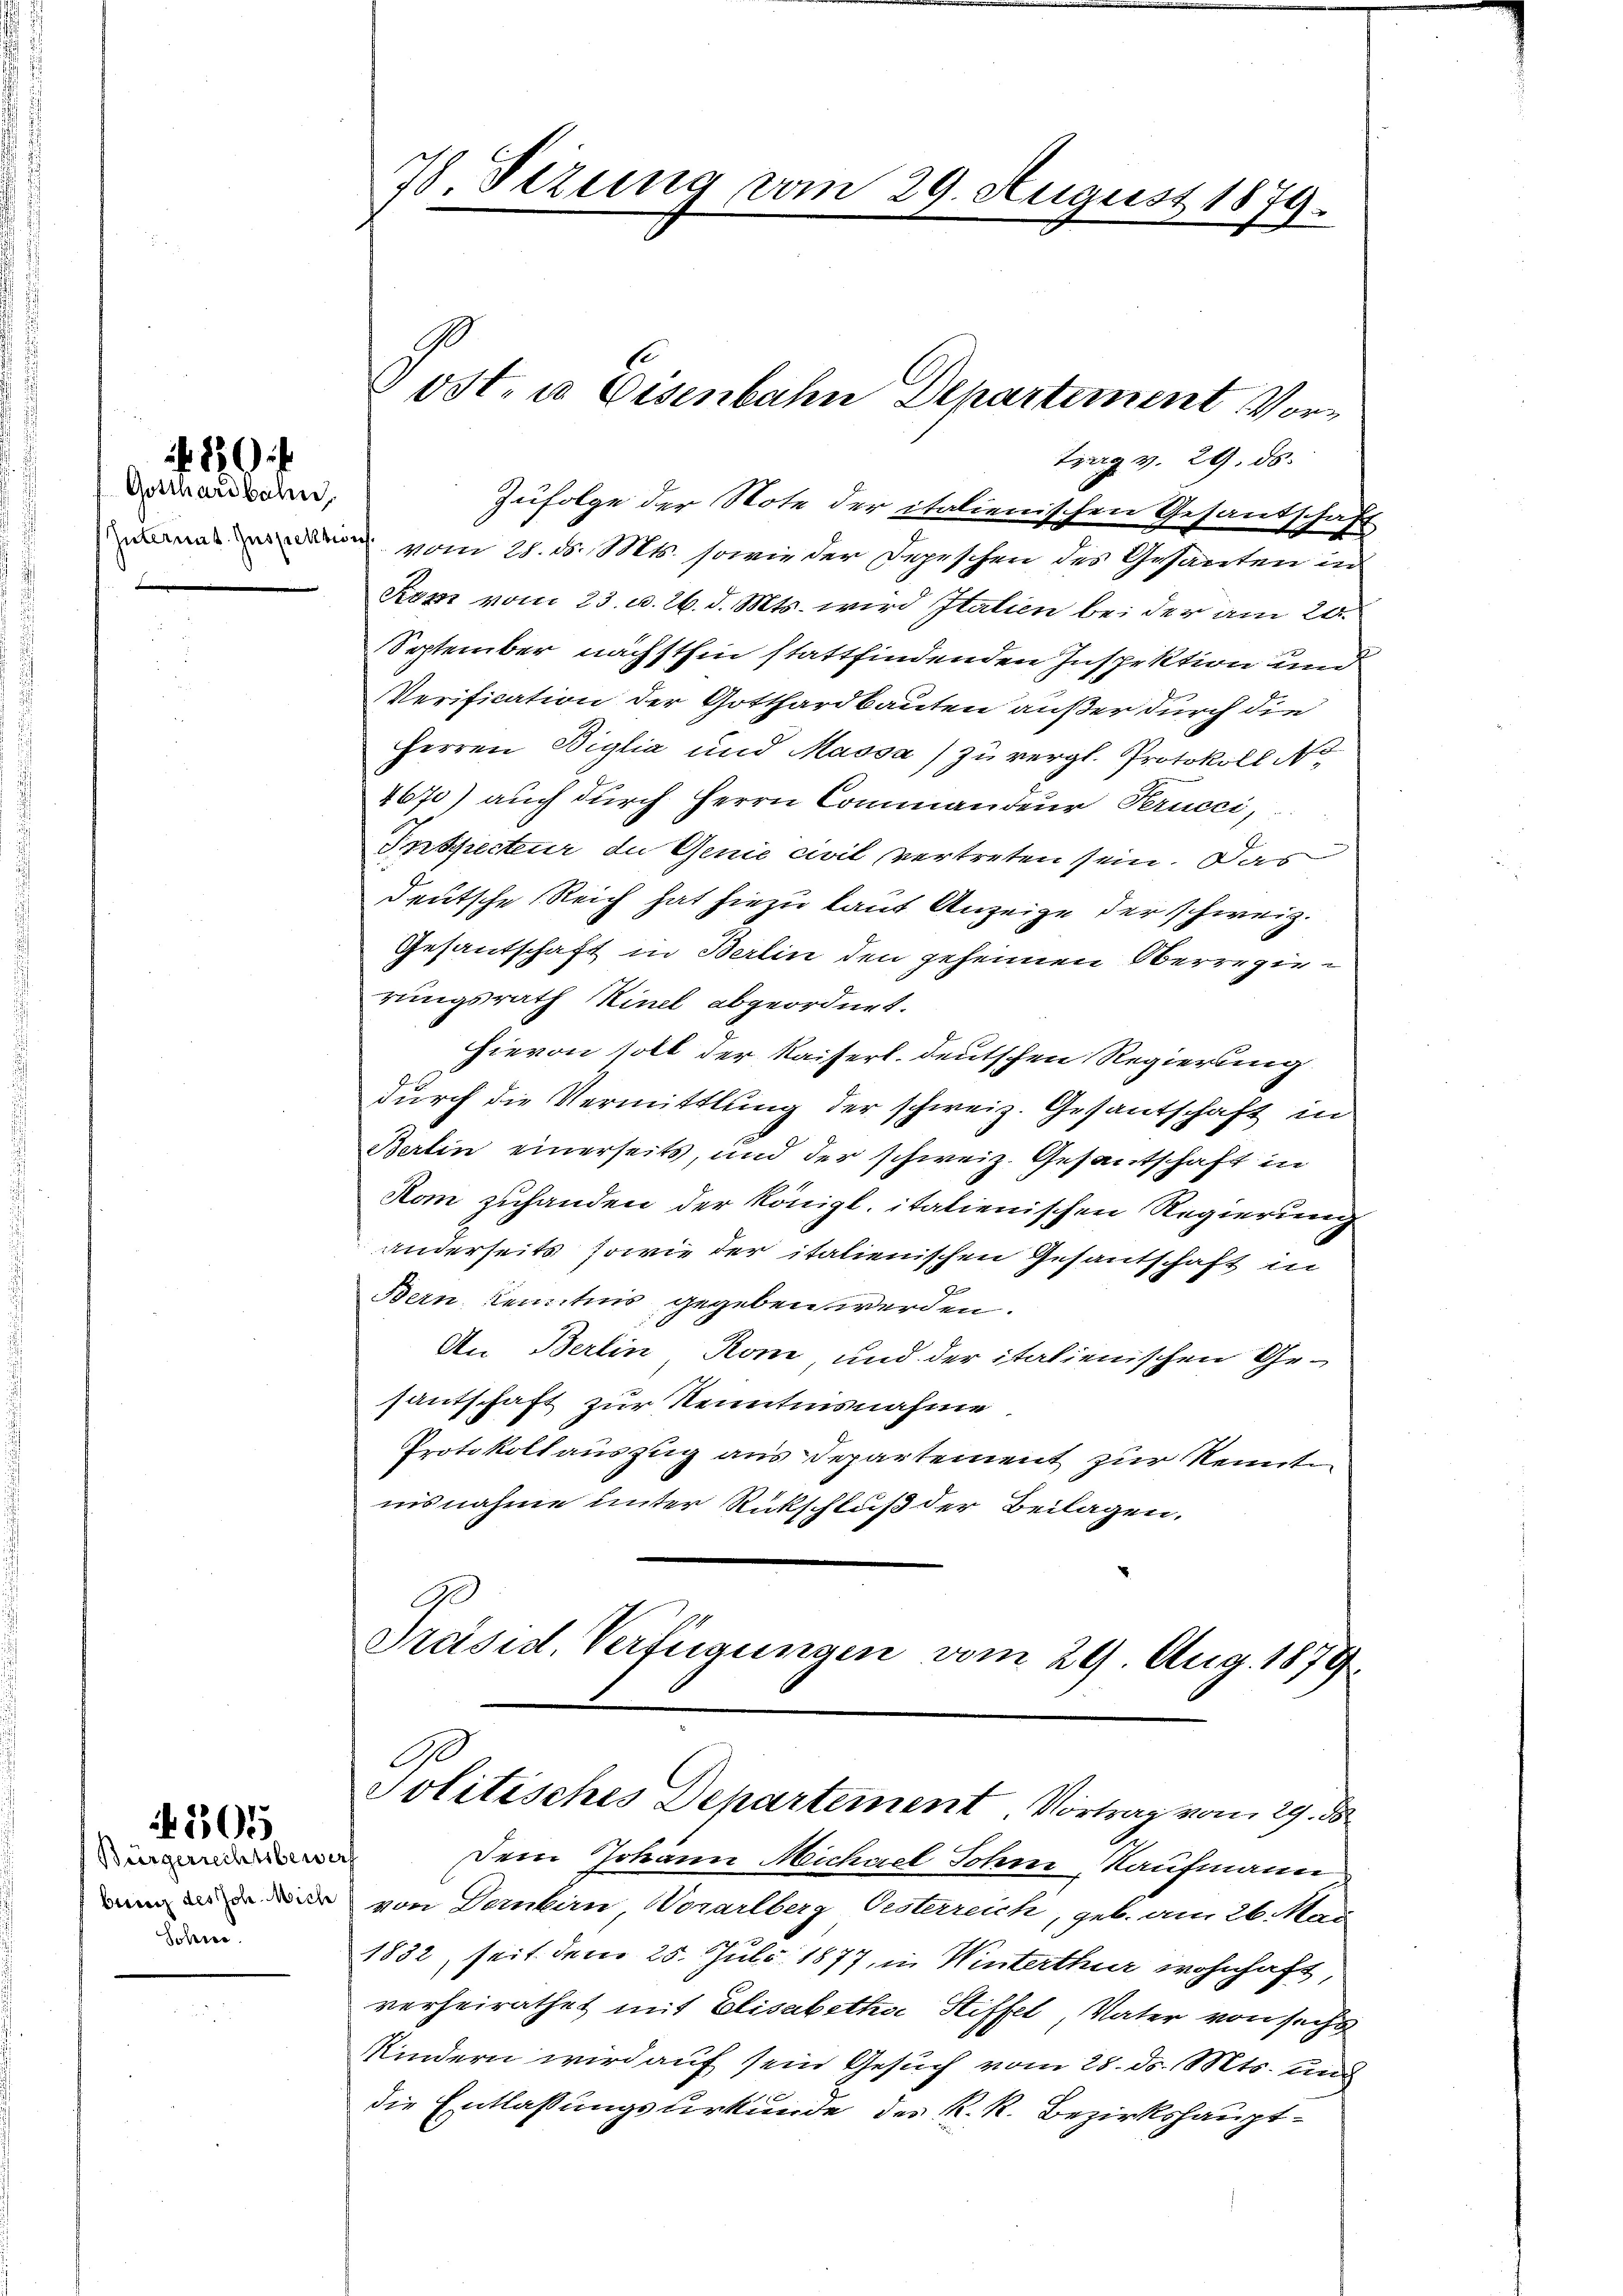
Gosthardbahn

N 505

1 180 f

Bürgerrechtsber
biez des Joh. Mich
Sohne

78. Sezung vom 29. August 1879.

trag v. 29. ds.
Zufolge der Note der italienischen Gesandschaft
nade vom 28. d. Mts. sowie der Depeschen des Gesanten in
Kum vom 23. d. 26. d. Mts. wird Italien bei der am 20.
September nächsthin stattfindenden Inspektion und
Verification der Gotthardbauten außer durch die
Herren Biglia und Massa zu vergl. Protokoll
4670) auch durch Herrn Commandeur Perucci,
Inspecteur du Genie civil vertreten sein. Das
deutsche Reich hat hiezu laut Anzeige der schweiz.
Gesantschaft in Berlin den geheimen Oberregierungsrath Kinel abgeordnet.
hievon soll der Kaiserl. deutschen Regierung
durch die Vermittlung der schweiz. Gesantschaft in
Berlin einerseits, und der schweiz. Gesantschaft in
Kom zuhanden der Königl. italienischen Regierung
anderseits, sowie der italienischen Gesantschaft in
Bern, Kenntnis gegeben werden.
An Berlin, Rom, und der italienischen Gesantschaft zur Kenntnisnahme.
Protokoll auszug aus Departement zur Kenntn
nisnahme unter Rückschluß der Beilagen.
Ge
Präsid. Verfügungen vom 29. Aug. 1879.

Post. u. Eisenbahn Departement Vor¬

A
Politisches Departement. Vortrag vom 29. ds

af
Dem Johann Michael Sohne Kaufmann
von Dernbirn, Vorarlberg Oesterreich, geb. am 26. Mai
1832, seit dem 25. Juli 1877, in Winterthur wohnhaft,
verheirathet mit Elisabetha Stiffel, Vater von sechs
Kindern wird auf sein Gesuch vom 28. d. Mts. und
die Entlassungsurkunde des K. R. Bezirkshaupt¬